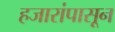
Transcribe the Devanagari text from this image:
हजारांपासून